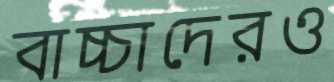
বাচ্চাদেরও